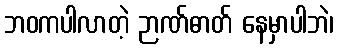
ဘဝကပါလာတဲ့ ဉာဏ်ဓာတ် နေမှာပါဘဲ၊